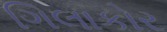
ગિલાકોર